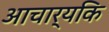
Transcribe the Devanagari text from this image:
आचार्यकि